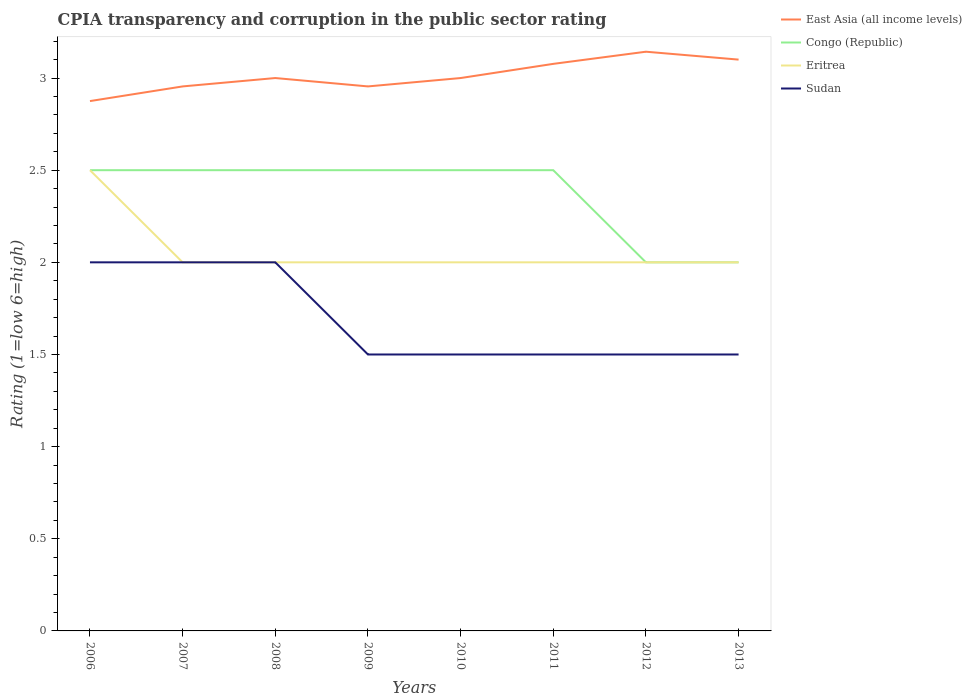
| Years | East Asia (all income levels) | Congo (Republic) | Eritrea | Sudan |
 | --- | --- | --- | --- | --- |
 | 2006 | 2.88 | 2.5 | 2.5 | 2 |
 | 2007 | 2.95 | 2.5 | 2 | 2 |
 | 2008 | 3 | 2.5 | 2 | 2 |
 | 2009 | 2.95 | 2.5 | 2 | 1.5 |
 | 2010 | 3 | 2.5 | 2 | 1.5 |
 | 2011 | 3.08 | 2.5 | 2 | 1.5 |
 | 2012 | 3.14 | 2 | 2 | 1.5 |
 | 2013 | 3.1 | 2 | 2 | 1.5 |